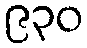
၉၃၀